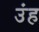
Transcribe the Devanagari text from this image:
उंह